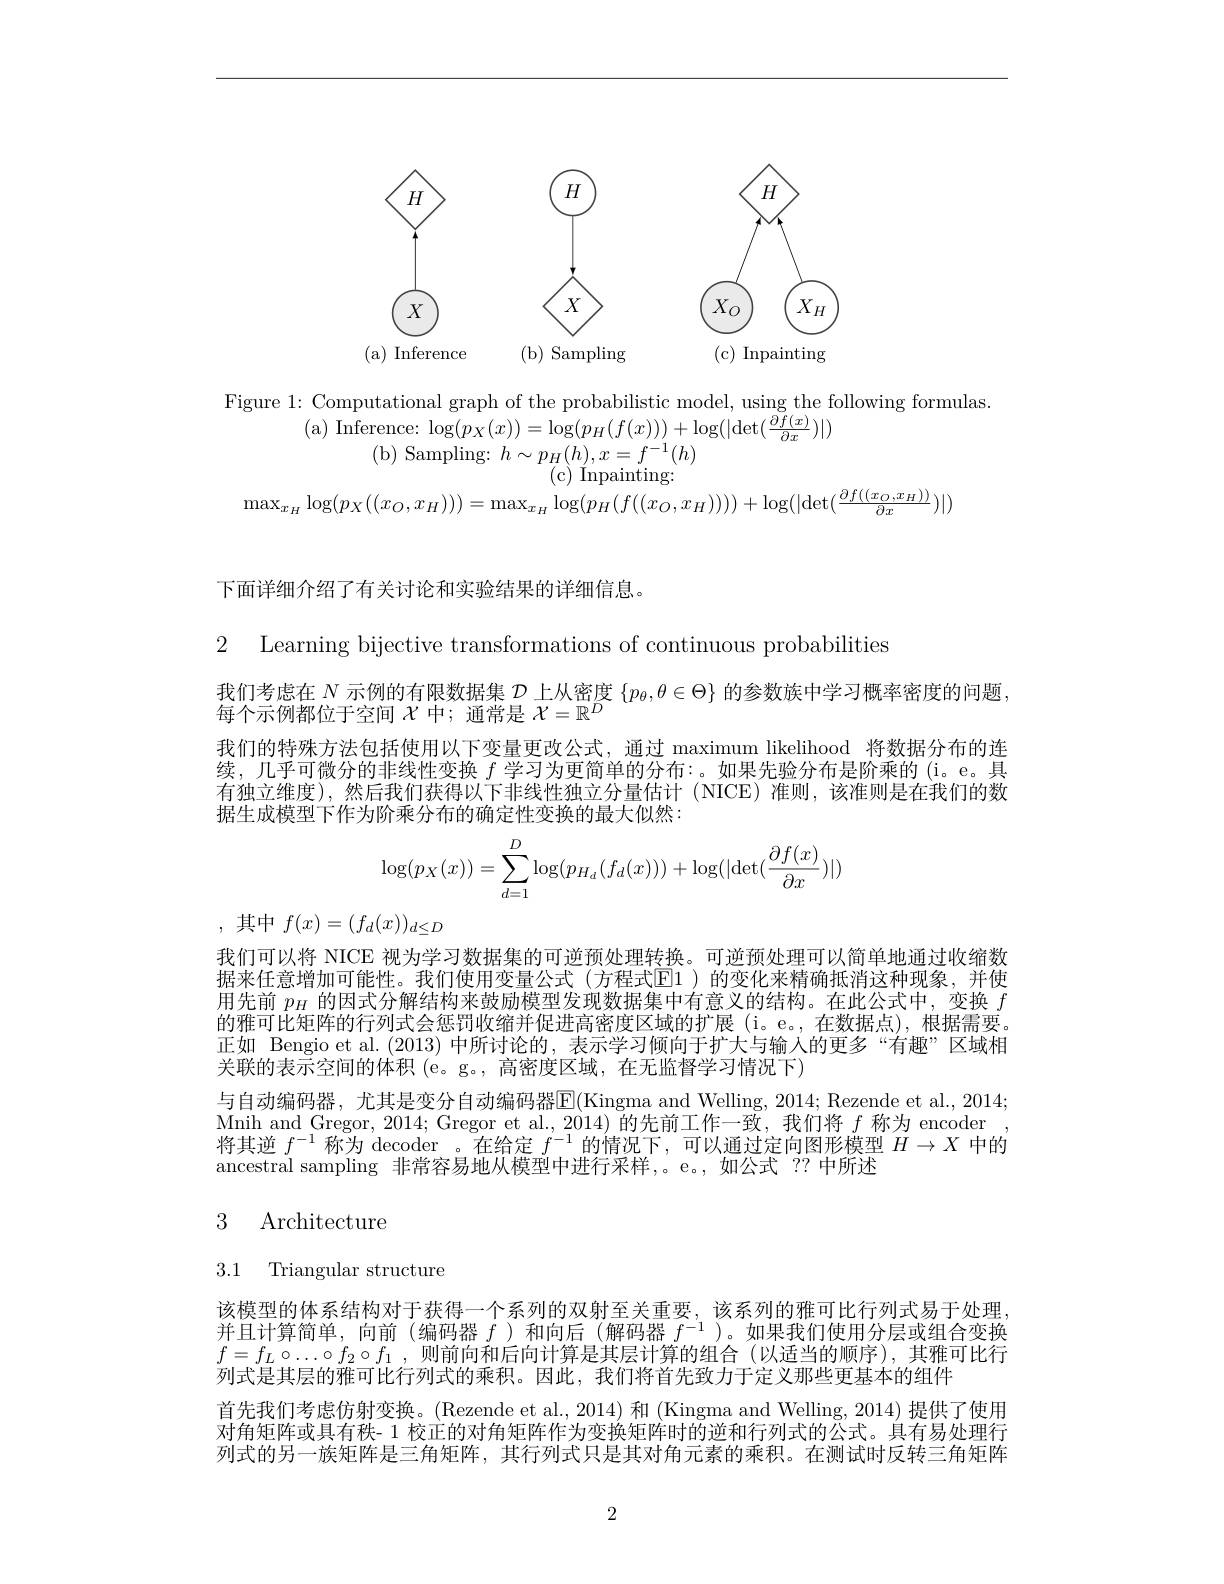
<FigureHere>

Figure 1: Computational graph of the probabilistic model, using the following formulas.
( a) Inference: log$( p_{X}( x) ) = \log ( p_{H}( f( x) ) ) + \log ( | \det ( \frac {\partial f( x) }{\partial x}) | )$
(b) Sampling: $h\sim p_H(h),x=f^{-1}(h)$
( c) Inpainting:
$\max_{x_H}\log(p_X((x_O,x_H)))=\max_{x_H}\log(p_H(f((x_O,x_H))))+\log(|\det(\frac{\partial f((x_O,x_H))}{\partial x})|)$

下面详细介绍了有关讨论和实验结果的详细信息。

2 Learning bijective transformations of continuous probabilities

我们考虑在$N$示例的有限数据集$\mathcal{D}$上从密度$\{p_\theta,\theta\in\Theta\}$的参数族中学习概率密度的问题
每个示例都位于空间$\chi$中；通常是$\mathcal{X}=\mathbb{R}^D$
我们的特殊方法包括使用以下变量更改公式，通过 maximum likelihood 将数据分布的连续，几乎可微分的非线性变换$f$学习为更简单的分布：。如果先验分布是阶乘的(i。e。具有独立维度),然后我们获得以下非线性独立分量估计 (NICE)准则，该准则是在我们的数据生成模型下作为阶乘分布的确定性变换的最大似然：
$$\log(p_X(x))=\sum\limits_{d=1}^D\log(p_{H_d}(f_d(x)))+\log(|\det(\dfrac{\partial f(x)}{\partial x})|)$$
,其中$f(x)=(f_d(x))_{d\leq D}$

我们可以将 NICE 视为学习数据集的可逆预处理转换。可逆预处理可以简单地通过收缩数据来任意增加可能性。我们使用变量公式(方程式$\overline{\mathrm{E}}$1)的变化来精确抵消这种现象，并使用先前$p_H$的因式分解结构来鼓励模型发现数据集中有意义的结构。在此公式中，变换$f$ 的雅可比矩阵的行列式会惩罚收缩并促进高密度区域的扩展 (i。e。,在数据点),根据需要。正如 Bengio et al.(2013) 中所讨论的，表示学习倾向于扩大与输入的更多“有趣”区域相关联的表示空间的体积 (e。g。, 高密度区域，在无监督学习情况下)
与自动编码器，尤其是变分自动编码器$\overline{\mathrm{E}}($Kingma and Welling, 2014; Rezende et al., 2014; Mnih and Gregor, 2014; Gregor et al., 2014) 的先前工作一致，我们将$f$称为 encoder , 将其逆$f^{-1}$称为 decoder 。在给定$f^-1$的情况下，可以通过定向图形模型$H\to X$中的ancestral sampling 非常容易地从模型中进行采样，。e。,如公式 ?? 中所述

# 3 Architecture

3.1 Triangular structure

该模型的体系结构对于获得一个系列的双射至关重要，该系列的雅可比行列式易于处理并且计算简单，向前(编码器$f$ )和向后 (解码器$f^-1$ )。如果我们使用分层或组合变换$f=f_L\circ\ldots\circ f_2\circ f_1$,则前向和后向计算是其层计算的组合 (以适当的顺序),其雅可比行列式是其层的雅可比行列式的乘积。因此，我们将首先致力于定义那些更基本的组件
首先我们考虑仿射变换。(Rezende et al., 2014) 和 (Kingma and Welling, 2014) 提供了使用对角矩阵或具有秩- 1 校正的对角矩阵作为变换矩阵时的逆和行列式的公式。具有易处理行列式的另一族矩阵是三角矩阵，其行列式只是其对角元素的乘积。在测试时反转三角矩阵

2